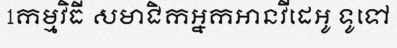
1កម្មវិធី សមាជិកអ្នកអានវីដេអូ ទូទៅ